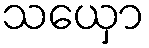
သယှော